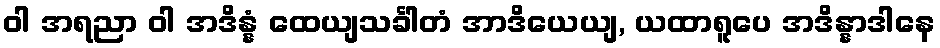
ဝါ အရညာ ဝါ အဒိန္နံ ထေယျသင်္ခါတံ အာဒိယေယျ, ယထာရူပေ အဒိန္နာဒါနေ